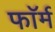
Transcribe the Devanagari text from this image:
फाॅर्म